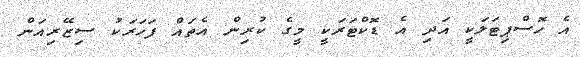
އެ ހޮސްޕިޓަލަކީ އަދި އެ ޑޮކްޓަރަކީ މީގެ ކުރިން އެތައް ފަހަރަކު ސިޒޭރިއަން